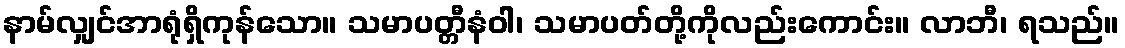
နာမ်လျှင်အာရုံရှိကုန်သော။ သမာပတ္တီနံဝါ၊ သမာပတ်တို့ကိုလည်းကောင်း။ လာဘီ၊ ရသည်။